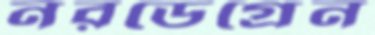
নরডেগ্রেন